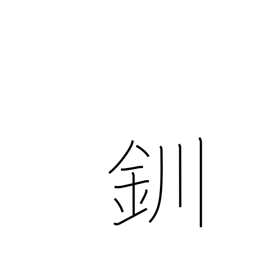
Meaning: bracelet